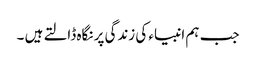
جب ہم انبیاء کی زندگی پر نگاہ ڈالتے ہیں ۔